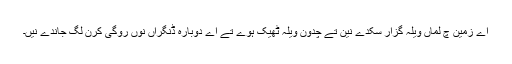
اے زمین چ لماں ویلہ گزار سکدے نین تے چدون ویلہ ٹھیک ہوے تے اے دوبارہ ڈنگراں نوں روگی کرن لگ جاندے نیں۔